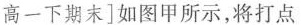
高一下期末]如图甲所示，将打点